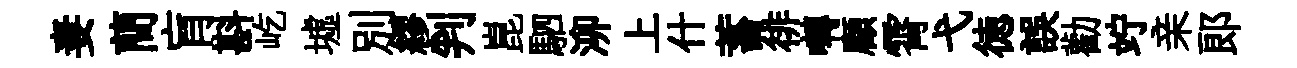
妻蕳肓斟屹墟别繆判崑駟泖上什蓄徘囀顧霄弋徳誤勸竚亲郞